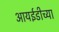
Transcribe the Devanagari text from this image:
आयईडीच्या